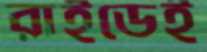
রাইডেই